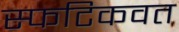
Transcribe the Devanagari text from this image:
स्फटिकवत